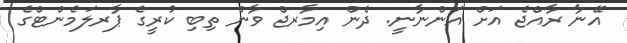
އޭނާ ރާއްޖެ އަށް އަންނާނީ. ދެން އިމާރޖް ވާން ތިބި ކުރީގެ ޕާރލަމެންޓްގެ